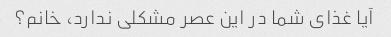
آیا غذای شما در این عصر مشکلی ندارد، خانم؟